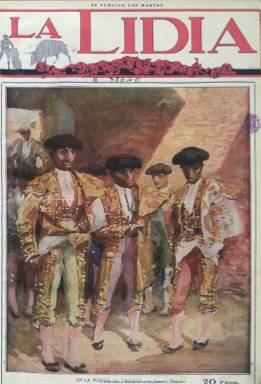
Título: La Lidia (Madrid. 1914)
Otros títulos: La Lidia taurina, en. 1916-nov. 1918 || La Lidia taurina
Colección: Toros
Ámbito geográfico: Madrid
Lugar de publicación: Madrid
Fechas: 28/04/1914-20/07/1931

Aparece el 28 de abril de 1914 con el propósito de emular a la anterior revista con este mismo título que estuvo publicándose entre 1882 y 1900, y a la que se la consideraba ya como una publicación “clásica” del periodismo taurino. Su fundador, propietario y director será el pintor, fotograbador y periodista alcoyano Adolfo Durá Abad (1875-1936), para lo que abandona previamente su trabajo como director artístico del semanario Nuevo mundo (1894-1933), pero en cuyos talleres se imprimirá la nueva revista. En su publicidad administrativa se autodefine como “ilustración taurina semanal”, pero también es una publicación “doctrinal” editada con el sólo esfuerzo y riesgo de Durá, “un esfuerzo de artista y entusiasta aficionado” y “fiel devoto del periodismo” –dirá-, que también la ilustrará con sus dibujos. Tuvo como administradores a Mariano Pastor y Álvaro Fora.

Se publica, al principio, cada martes, en entregas de ocho páginas, impresas “a todo lujo con inmejorable papel” estuco-triconomía, fabricado especialmente para ella, con profusión de fotograbados e ilustraciones tricolores a doble página de “las más brillantes faenas ejecutadas con los toros”. También indica que sus textos estarán  encomendados a “los primeros críticos taurinos” y la parte gráfica a “consagrados artistas”, como es el caso de Roberto Domingo y Ricardo Marín.

Durá fue seguidor del matador de toros Juan Belmonte (1892-1962), que tuvo como rival a José Gómez Ortega (1895-1920) –Joselito- y la cubierta del primer número de la revista fue consagrada a un retrato del primero, obra del citado Domingo. La cubierta de la revista la ocupará siempre una ilustración en color, al principio un dibujo a lápiz o tinta o una acuarela, pero al iniciar su segundo año de edición, el 29 de marzo de 1915, será ya un fotograbado –también a color-, empezando con un retrato de Andrés del Campo –Dominguín-, obra del fotógrafo Alfonso. A partir de esta fecha se publicará con el formato más reducido los lunes en entregas de doce páginas, ocho en couché y cuatro en printing.

Da cuenta de las corridas celebradas durante la semana anterior no sólo en Madrid sino en provincias y en el extranjero, a través de un gran despliegue de cronistas taurinos y reporteros gráficos. Ofrece también editoriales, artículos, noticias breves, información sobre el estado de los toreros heridos, chismografía taurina, entrevistas, reportajes o una Guía taurina de los diestros. Sus firmas son, por lo general, seudónimos de revisteros taurinos, como Don Modesto, Don Benito, Don Severo, Muletillas, Minguillón o Verónica, pero también publica textos de escritores, como Ramón Pérez de Ayala y Federico García Sanchiz. Asimismo contó con colaboradoras, como la alcoyana Pepita Reyes, que entrevistó a Gaona; las hermanas madrileñas Conchita y Ángeles Dueñas y Consuelito Triana.

Desde el primer número sus páginas interiores de tipografía estarán acompañadas de un buen número de fotograbados, al principio en blanco y negro y después coloreados, que alcanzarán hasta las dos docenas a mediados de 1915, además de los apuntes del citado Marín, los dibujos a doble página de Porset y Bermejo, o los de K-Hito y Hache, y el grafismo humorístico de Vicente Ibáñez. Muchos fueron los fotógrafos que publicaron en sus páginas. Además del citado Alfonso, Diego Calvaché publicó crónicas y fotografías de toda España, así como Biedma, Vidal y Goñi (Madrid), Alejandro Merletti o Mateo (Barcelona), Iglesias (Jerez), Arenas (Málaga), Soler (Sevilla), Moya (Valencia), Funeska (Toulouse), Vandel, Del Río, Caballero, Cortés, Gusi, Pío, Rodero, Serrano o el fotoperiodista Manuel Cervera. Se ha dicho que La Lidia fue la primera revista que entendió la importancia gráfica del reportaje.

Desde febrero de 1916 hasta el 18 de noviembre de 1916, adoptó el título La lidia taurina, con entregas, generalmente, de ocho páginas, bajando algo la calidad de su impresión. Editó también números extraordinarios de hasta una treintena de páginas. Cesó su publicación hacia 1931, en un periodo –entre 1900 y 1936- en el que se ha registrado el nacimiento de hasta 141 cabeceras taurinas, solamente en Madrid, aunque muchas de ellas de efímera vida. Adrián Espín Valdés es autor de un trabajo sobre Adolfo Durá publicado en 1975 en la Revista del Instituto de Estudios Alicantinos.

[Descripción modificada el 30/08/2018]